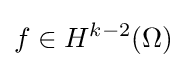
f\in H^{k-2}(\Omega )